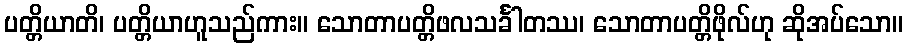
ပတ္တိယာတိ၊ ပတ္တိယာဟူသည်ကား။ သောတာပတ္တိဖလသင်္ခါတဿ၊ သောတာပတ္တိဖိုလ်ဟု ဆိုအပ်သော။